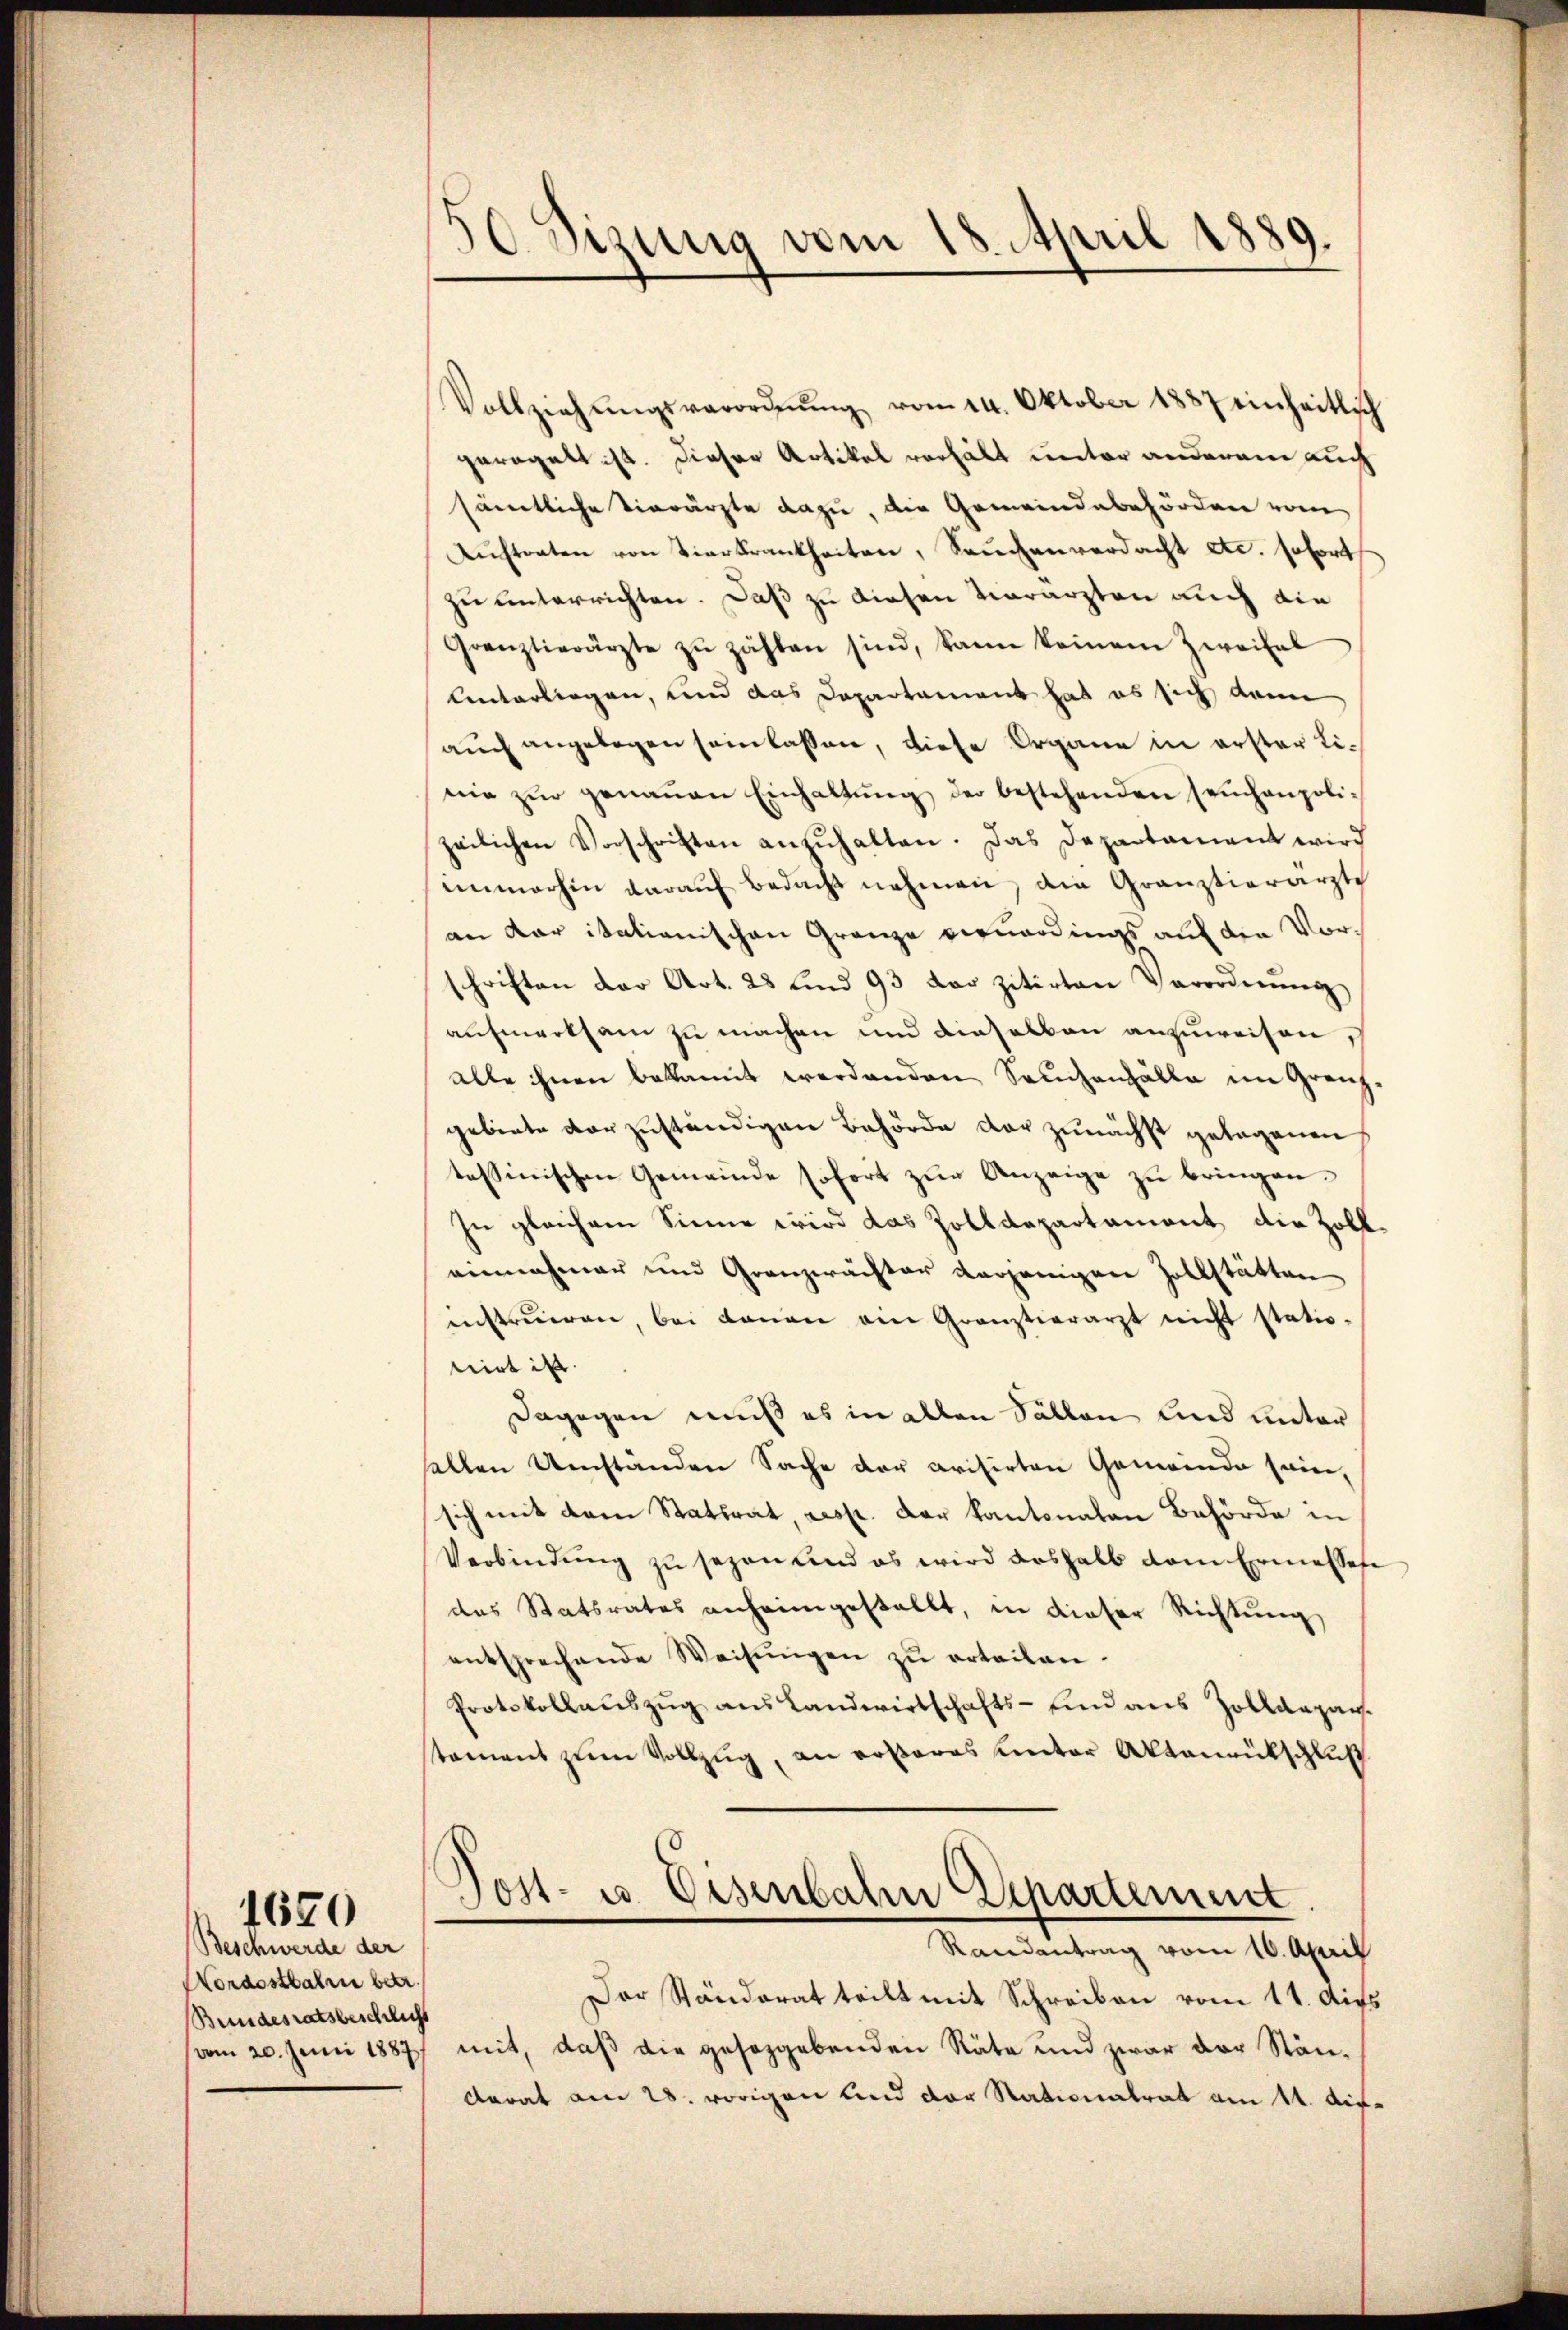
Beschwerde der
Nordostbahn betr.
Bundesratsbeschicht

1670

30 Sizung vom 18. April 1889.

Vollziehŭngsverordnŭng vom 14. Oktober 1887 einheitlich
geregelt ist. Dieser Artikel verhält unter anderem auch
sämtliche Vierärzte dazu, die Gemeindebehörden vom
Aŭftraten von Vierkrankheiten, Saŭchenverdacht etc. sofort
zu unterrichten. Daß zu diesen Vierärzten auch die
Grenztierärzte zŭ zählen sind, kann keinem Zweifel
linterliegen, und das Departement hat es sich kann
auch angebogen sein lassen, diese Organe in erster Linie zŭr genaŭen Einhaltŭng der bestehenden seuchanpolizeilichen Vorschriften anzŭhalten. Das Departament wird
immerhin daraŭf bedacht nehmen, die Gränztierarzte
an dar itationischen Granze vernardings auf den Vorschriften der Art. 28 und 93 der zitirten Verordnŭng
aufmerksam zu machen und dieselben anzuweisen
alle ihnen bekannt werdenden Seuchenfälle im Grenzgebiete vorzuständigen Behörde der zunächst gelegenen
tessinischen Gemeinde sofort zur Anzeige zu bringen.
In gleichem Sinne wird das Zolldepartament die Zolleinnahmen und Granzwächter verjenigen Zollstätten
enstruiren, bei donan ein Gränztierarzt nicht statio-
nirt ist.
Dagegen muß es in allen Sällen und unter
hallen Umständen Sache der crisirten Gemeinde seine,
sich mit dem Statsrat, resp. der kantonalen Behörde in
Verbindŭng zu sezen und es wird deshalb dem Ermessese
das Statsrates anheimgestellt, in dieser Richtung
entsprechende Weisŭngen zŭ erteilen.
Protokollaŭszŭg ans Landwirtschafts-Eind aus Zolldepar
stament zum Vollzug, an rosares unter Aktenrütschluß
Dost- u. Eisenbahn Departement.
Randantrag vom 16. April
Der Ständerat teilt mit Schreiben vom 11. Aufs
vom 20. Juni 1887 mit, daß die geseggebenden Räte und zwar der Ständorat am 28. vorigen und der Nationalrat am 11. Auf-